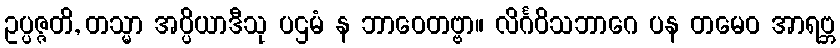
ဥပ္ပဇ္ဇတိ, တသ္မာ အပ္ပိယာဒီသု ပဌမံ န ဘာဝေတဗ္ဗာ။ လိင်္ဂဝိသဘာဂေ ပန တမေဝ အာရဗ္ဘ